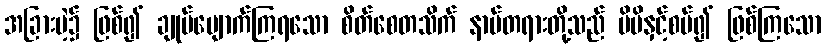
အခြားမဲ့၌ ဖြစ်၍ ချုပ်ပျောက်ကြရသော စိတ်စေတသိက် နာမ်တရားတို့သည် မိမိနှင့်စပ်၍ ဖြစ်ကြသော